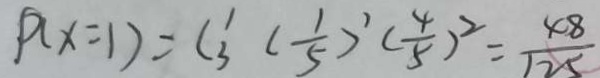
P ( x = 1 ) = C _ { 3 } ^ { 1 } ( \frac { 1 } { 5 } ) ^ { 1 } ( \frac { 4 } { 5 } ) ^ { 2 } = \frac { 4 8 } { 1 2 5 }